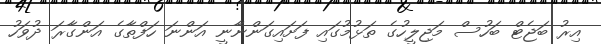
އިރު ބަޖެޓް ބަހުސް މަޖިލީހުގެ ތަޅުމުގައި ފަށައިގަންނާނީ އަންނަ ހަފްތާގެ އަންގާރަ ދުވަހު